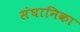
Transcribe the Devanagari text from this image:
संघानिका